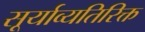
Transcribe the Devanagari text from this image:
सूर्याव्यतिरिक्त